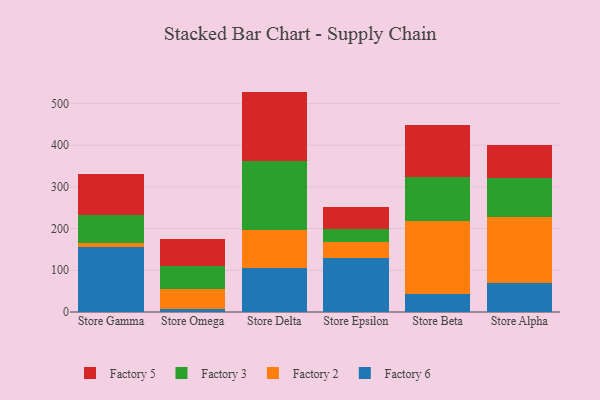
{"axis": {"x": "Store", "y": "Active Users"}, "legend": ["Factory 2", "Factory 3", "Factory 5", "Factory 6"], "data": [{"x": "Store Gamma", "y": 155.1, "type": "Factory 6"}, {"x": "Store Gamma", "y": 10.0, "type": "Factory 2"}, {"x": "Store Gamma", "y": 67.0, "type": "Factory 3"}, {"x": "Store Gamma", "y": 98.2, "type": "Factory 5"}, {"x": "Store Omega", "y": 7.8, "type": "Factory 6"}, {"x": "Store Omega", "y": 47.6, "type": "Factory 2"}, {"x": "Store Omega", "y": 54.7, "type": "Factory 3"}, {"x": "Store Omega", "y": 65.2, "type": "Factory 5"}, {"x": "Store Delta", "y": 106.5, "type": "Factory 6"}, {"x": "Store Delta", "y": 89.5, "type": "Factory 2"}, {"x": "Store Delta", "y": 166.6, "type": "Factory 3"}, {"x": "Store Delta", "y": 165.8, "type": "Factory 5"}, {"x": "Store Epsilon", "y": 128.5, "type": "Factory 6"}, {"x": "Store Epsilon", "y": 39.2, "type": "Factory 2"}, {"x": "Store Epsilon", "y": 31.9, "type": "Factory 3"}, {"x": "Store Epsilon", "y": 53.0, "type": "Factory 5"}, {"x": "Store Beta", "y": 43.6, "type": "Factory 6"}, {"x": "Store Beta", "y": 174.4, "type": "Factory 2"}, {"x": "Store Beta", "y": 106.0, "type": "Factory 3"}, {"x": "Store Beta", "y": 124.7, "type": "Factory 5"}, {"x": "Store Alpha", "y": 68.4, "type": "Factory 6"}, {"x": "Store Alpha", "y": 158.6, "type": "Factory 2"}, {"x": "Store Alpha", "y": 94.4, "type": "Factory 3"}, {"x": "Store Alpha", "y": 79.2, "type": "Factory 5"}]}